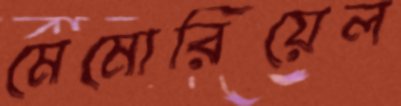
মেমোরিয়েল